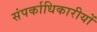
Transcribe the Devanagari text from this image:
संपर्काधिकारीयों